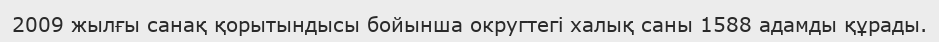
2009 жылғы санақ қорытындысы бойынша округтегі халық саны 1588 адамды құрады.